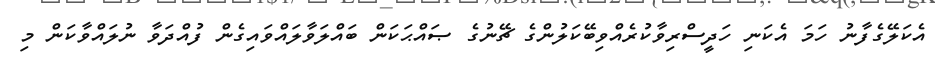
އެކަލޭގެފާނު ހަމަ އެކަނި ހަދީސްރިވާކުރެއްވިބޭކަލުންގެ ޗޭނުގެ ޞައްޙަކަން ބައްލަވާލައްވައިގެން ފުއްދަވާ ނުލައްވާކަން މި